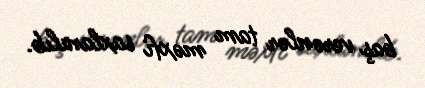
baş verənlər tam məxfi saxlanılıb.